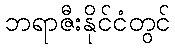
ဘရာဇီးနိုင်ငံတွင်